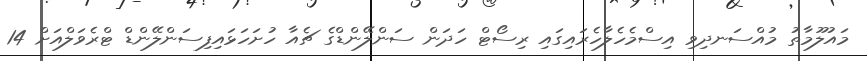
މައުލޫމާތު މުއްސަނދިވި އިސްމެހެލާހެރައިގައި ރިސޯޓް ހަދަން ސަންލޭންޑްގެ ޗެއާ ހުށަހަޅައިފިސަންލޭންޑް ޓްރެވަލްއަށް 14